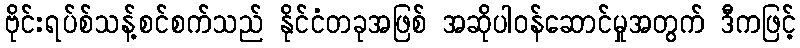
ဗိုင်းရပ်စ်သန့်စင်စက်သည် နိုင်ငံတခုအဖြစ် အဆိုပါဝန်ဆောင်မှုအတွက် ဒီကဖြင့်